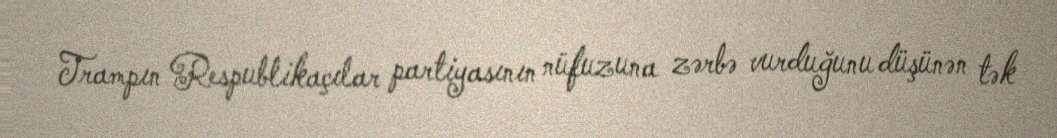
Trampın Respublikaçılar partiyasının nüfuzuna zərbə vurduğunu düşünən tək